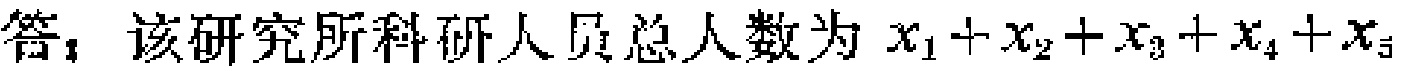
答：该研究所科研人员总人数为 \(x_{1}+x_{2}+x_{3}+x_{4}+x_{5}\)